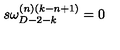
s \omega _ { D - 2 - k } ^ { ( n ) ( k - n + 1 ) } = 0